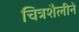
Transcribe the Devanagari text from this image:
चित्रशैलीने